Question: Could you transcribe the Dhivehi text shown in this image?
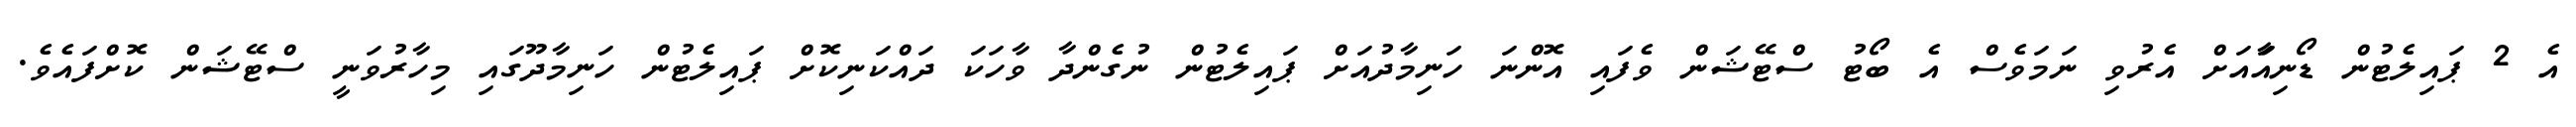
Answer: އެ 2 ޕައިލެޓުން ޑޯނިއާައަށް އެރުވި ނަމަވެސް އެ ބޯޓު ސްޓޭޝަން ވެފައި އޮންނަ ހަނިމާދުއަށް ޕައިލެޓުން ނުގެންދާ ވާހަކަ ދައްކަނިކޮށް ޕައިލެޓުން ހަނިމާދޫގައި މިހާރުވަނީ ސްޓޭޝަން ކޮށްފައެވެ.